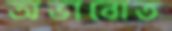
অভাবোত